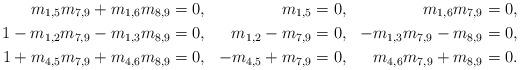
LaTeX: \begin{align*}m_{1,5}m_{7,9}+m_{1,6}m_{8,9}&=0,&m_{1,5}&=0,&m_{1,6}m_{7,9}&=0,\\1-m_{1,2}m_{7,9}-m_{1,3}m_{8,9}&=0,&m_{1,2}-m_{7,9}&=0,&-m_{1,3}m_{7,9}-m_{8,9}&=0,\\1+m_{4,5}m_{7,9}+m_{4,6}m_{8,9}&=0,&-m_{4,5}+m_{7,9}&=0,&m_{4,6}m_{7,9}+m_{8,9}&=0.\\\end{align*}